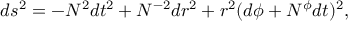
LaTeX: d s ^ { 2 } = - N ^ { 2 } d t ^ { 2 } + N ^ { - 2 } d r ^ { 2 } + r ^ { 2 } ( d \phi + N ^ { \phi } d t ) ^ { 2 } ,